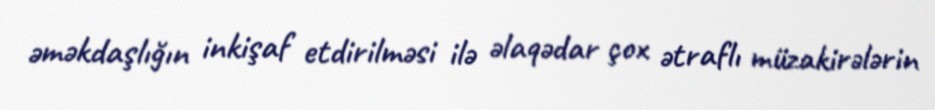
əməkdaşlığın inkişaf etdirilməsi ilə əlaqədar çox ətraflı müzakirələrin